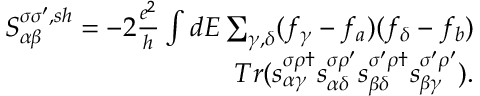
\begin{array} { r } { { S _ { \alpha \beta } ^ { \sigma \sigma ^ { \prime } , s h } } = - 2 \frac { e ^ { 2 } } { h } \int d E \sum _ { \gamma , \delta } ( f _ { \gamma } - f _ { a } ) ( f _ { \delta } - f _ { b } ) } \\ { T r ( s _ { \alpha \gamma } ^ { \sigma \rho \dagger } s _ { \alpha \delta } ^ { \sigma \rho ^ { \prime } } s _ { \beta \delta } ^ { \sigma ^ { \prime } \rho \dagger } s _ { \beta \gamma } ^ { \sigma ^ { \prime } \rho ^ { \prime } } ) . } \end{array}